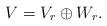
LaTeX: \begin{align*} V = V_r \oplus W_r.\end{align*}